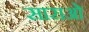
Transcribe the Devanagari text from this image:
साराओ